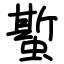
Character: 蟴